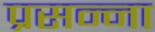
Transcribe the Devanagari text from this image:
प्रसन्‍ना